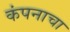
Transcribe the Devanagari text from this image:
कंपनाचा